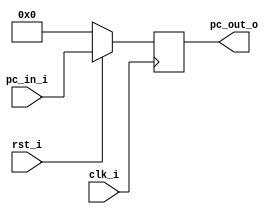
//Subject:     CO project 3
//--------------------------------------------
//Student: 0411276 Chen Yi An
//Student: 0413335 Kuo Yi Lin
//--------------------------------------------

module ProgramCounter(
    clk_i,
	rst_i,
	pc_in_i,
	pc_out_o
	);
     
//I/O ports
input           clk_i;
input	        rst_i;
input  [32-1:0] pc_in_i;
output [32-1:0] pc_out_o;
 
//Internal Signals
reg    [32-1:0] pc_out_o;
 
//Parameter

    
//Main function
always @(posedge clk_i) begin
    if(~rst_i)
	    pc_out_o <= 0;
	else
	    pc_out_o <= pc_in_i;
end

endmodule